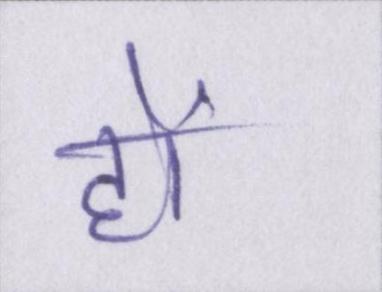
हों